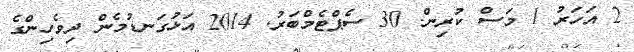
2 އަހަރު 1 މަސް ކުރިން. 30 ސެޕްޓެމްބަރު